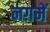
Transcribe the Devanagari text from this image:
नग़में